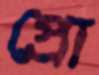
প্রো